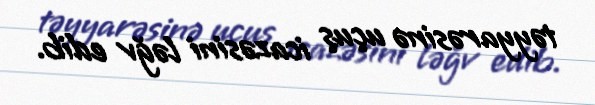
təyyarəsinə uçuş icazəsini ləğv edib.